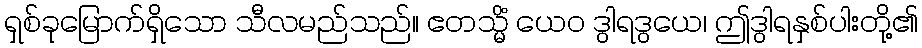
ရှစ်ခုမြောက်ရှိသော သီလမည်သည်။ ဧတသ္မိံ ယေဝ ဒွါရဒွယေ၊ ဤဒွါရနှစ်ပါးတို့၏